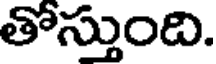
తోస్తుంది.